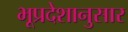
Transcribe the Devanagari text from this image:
भूप्रदेशानुसार